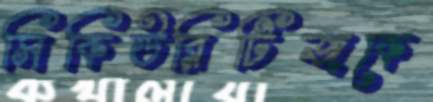
সিকিউরিটিজকে